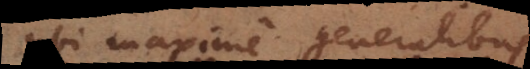
ubi maxime generalibus